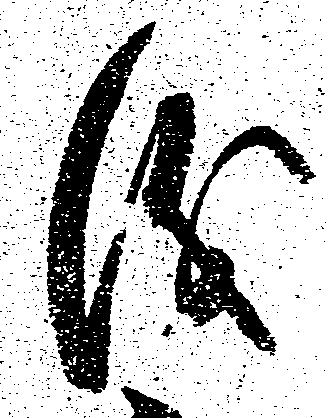
儀